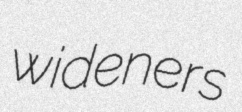
wideners